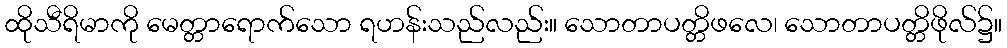
ထိုသီရိမာကို မေတ္တာရောက်သော ရဟန်းသည်လည်း။ သောတာပတ္တိဖလေ၊ သောတာပတ္တိဖိုလ်၌။